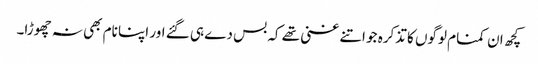
کچھ ان کمنام لوگوں کا تذکرہ جو اتنے غنی تھے کہ بس دے ہی گئے اور اپنا نام بھی نہ چھوڑا۔